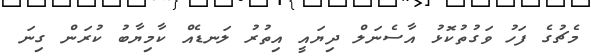
މެޗުގެ ފަހު ވަގުތުކޮޅު އާސެނަލް ދިޔައީ އިތުރު ލަނޑެއް ކާމިޔާބު ކުރަން ގިނަ